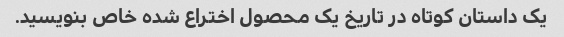
یک داستان کوتاه در تاریخ یک محصول اختراع شده خاص بنویسید.